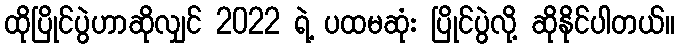
ထိုပြိုင်ပွဲဟာဆိုလျှင် 2022 ရဲ့ ပထမဆုံး ပြိုင်ပွဲလို့ ဆိုနိုင်ပါတယ်။